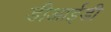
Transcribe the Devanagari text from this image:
डीआईडी